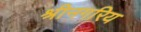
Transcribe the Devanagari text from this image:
श्रीनगरिय